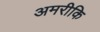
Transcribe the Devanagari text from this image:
अमरीकि